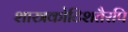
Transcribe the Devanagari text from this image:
शास्त्रकोटिशतैरपि